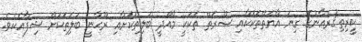
ކީރިތިޤުރްއާނުގެ ގިނަ އާޔަތްތަކަކާއި ސޫރަތް ތަކަކީ މާއްދީ ބަލިތަކަށާއި ރޫޙާނީ ބަލަިތަކަށް ޝިފާއެކެވެ.